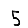
Digit: 5